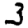
Digit: 3